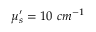
\mu _ { s } ^ { \prime } = 1 0 \ c m ^ { - 1 }